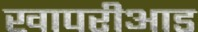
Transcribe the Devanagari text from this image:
खापरीआड